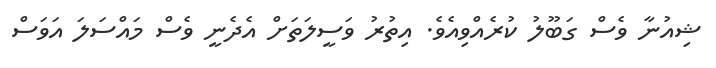
ޝިއުނާ ވެސް ގަބޫލު ކުރެއްވިއެވެ. އިތުރު ވަސީލަތަށް އެދެނީ ވެސް މައްސަލަ އަވަސް